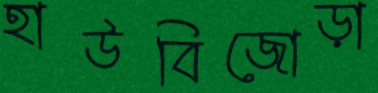
হাউবিজোড়া